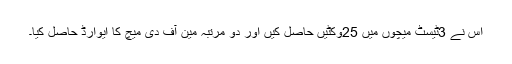
اس نے 3ٹیسٹ میچوں میں 25وکٹیں حاصل کیں اور دو مرتبہ مین آف دی میچ کا ایوارڈ حاصل کیا۔